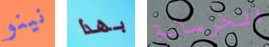
نينو بهذا الخرسانة